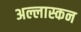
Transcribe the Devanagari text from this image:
अल्लास्कन